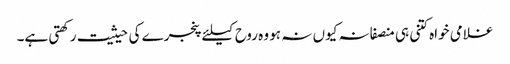
غلامی خواہ کتنی ہی منصفانہ کیوں نہ ہو وہ روح کیلئے پنجرے کی حیثیت رکھتی ہے۔